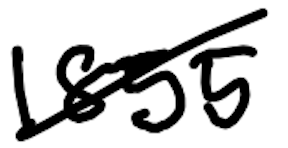
Text: 1855
Cross-out: diagonal
Writing tool: digital_black